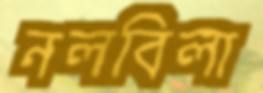
নলবিলা